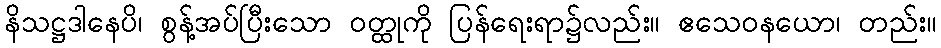
နိသဋ္ဌဒါနေပိ၊ စွန့်အပ်ပြီးသော ဝတ္ထုကို ပြန်ရေးရာ၌လည်း။ ဧသေဝနယော၊ တည်း။